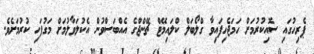
ޕެރިހުގައި ސޮއިކުރުމަށް ހަމަޖެހިފައިވާ ގްލޯބަލް ކްލައިމޭޓް ޗޭންޖްގެ އެއްބަސްވުން އެކުލަވާލުމަށް މަގުފަހި ކުރުމަށެވެ.